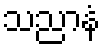
သညာနံ